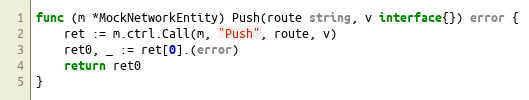
Language: Go
func (m *MockNetworkEntity) Push(route string, v interface{}) error {
	ret := m.ctrl.Call(m, "Push", route, v)
	ret0, _ := ret[0].(error)
	return ret0
}